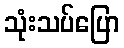
သုံးသပ်ပြော